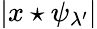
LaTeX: |x\star\psi_{\lambda^{\prime}}|